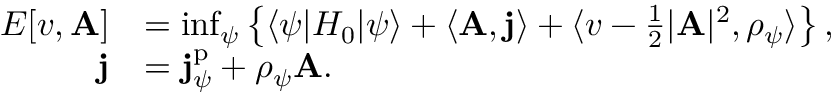
\begin{array} { r l } { E [ v , \mathbf { A } ] } & { = \operatorname* { i n f } _ { \psi } \left\{ \langle \psi | H _ { 0 } | \psi \rangle + \langle \mathbf { A } , \mathbf { j } \rangle + \langle v - \frac 1 2 \vert \mathbf { A } \vert ^ { 2 } , \rho _ { \psi } \rangle \right\} , } \\ { \mathbf { j } } & { = \mathbf { j } _ { \psi } ^ { \mathrm { p } } + \rho _ { \psi } \mathbf { A } . } \end{array}